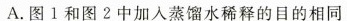
A.图1和图2中加入蒸馏水稀释的目的相同